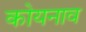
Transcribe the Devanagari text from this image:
कोयनाव